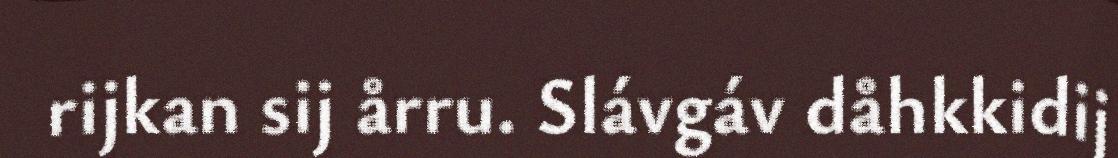
rijkan sij årru. Slávgáv dåhkkidij